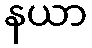
နယာ